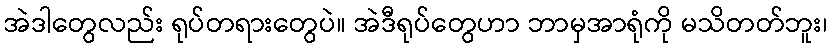
အဲဒါတွေလည်း ရုပ်တရားတွေပဲ။ အဲဒီရုပ်တွေဟာ ဘာမှအာရုံကို မသိတတ်ဘူး၊